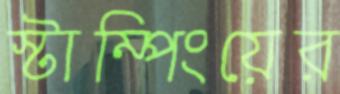
স্টাম্পিংয়ের